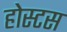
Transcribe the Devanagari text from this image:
होस्टस